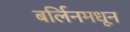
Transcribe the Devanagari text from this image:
बर्लिनमधून